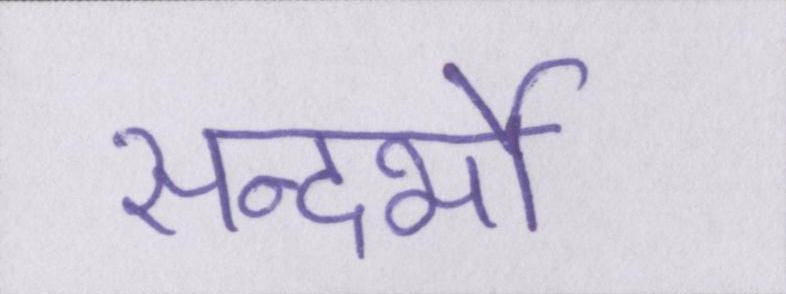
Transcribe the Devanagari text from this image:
सन्दर्भो